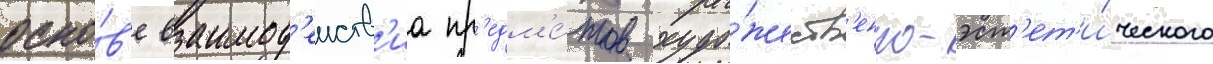
осно́в'е взаимод'еиств'иа пр'едм'е́тов худо́жеств'енно-эст'ет'и́ческого